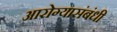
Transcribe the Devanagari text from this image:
आरोग्यासंबंधी